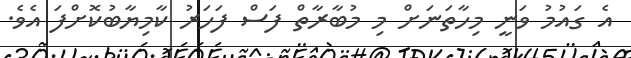
އެ ގައުމު ވަނީ މިހާތަނަށް މި މުބާރާތް ފަސް ފަހަރު ކާމިޔާބުކޮށްފަ އެވެ.